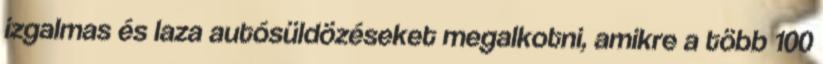
izgalmas és laza autósüldözéseket megalkotni, amikre a több 100